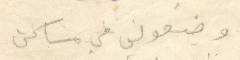
وضعوني في مساكن